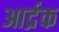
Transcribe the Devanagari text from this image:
आर्द्रक